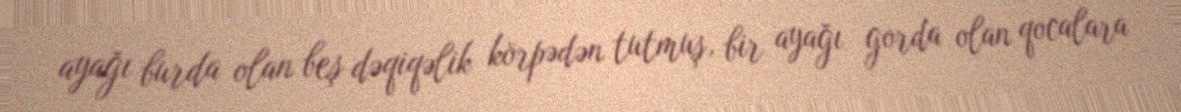
ayağı burda olan beş dəqiqəlik körpədən tutmuş, bir ayağı gorda olan qocalara